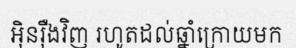
អ៊ិនរ៉ឺងវិញ រហូតដល់ឆ្នាំក្រោយមក